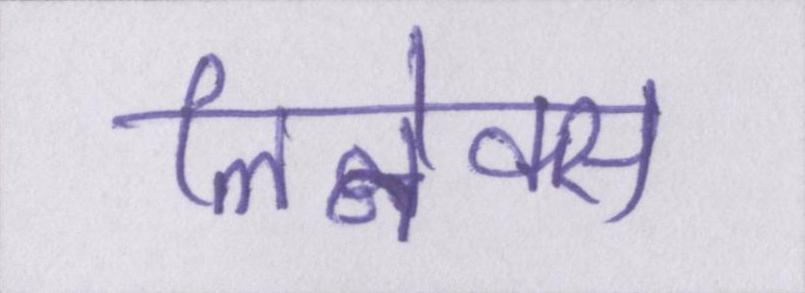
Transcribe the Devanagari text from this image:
लिनेक्स